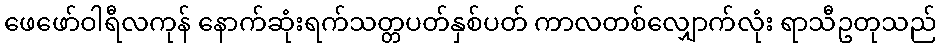
ဖေဖော်ဝါရီလကုန် နောက်ဆုံးရက်သတ္တပတ်နှစ်ပတ် ကာလတစ်လျှောက်လုံး ရာသီဥတုသည်